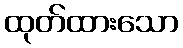
ထုတ်ထားသော